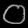
Digit: ၀